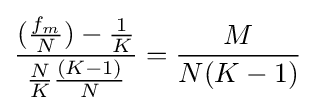
{\frac {({\frac {f_{m}}{N}})-{\frac {1}{K}}}{{\frac {N}{K}}{\frac {(K-1)}{N}}}}={\frac {M}{N(K-1)}}